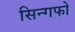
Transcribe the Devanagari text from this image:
सिन्गफो